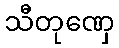
သီတုဏှေ